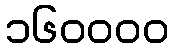
၁၆၀၀၀၀